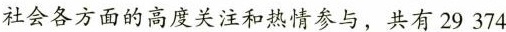
社会各方面的高度关注和热情参与，共有29 374